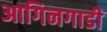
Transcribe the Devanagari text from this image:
आगिनगाडी